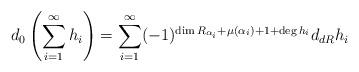
LaTeX: \begin{align*}d_0 \left(\sum_{i=1}^{\infty} h_i\right)=\sum_{i=1}^{\infty} (-1)^{\dim R_{\alpha_i} + \mu(\alpha_i) +1 + \deg h_i}d_{dR}h_i\end{align*}